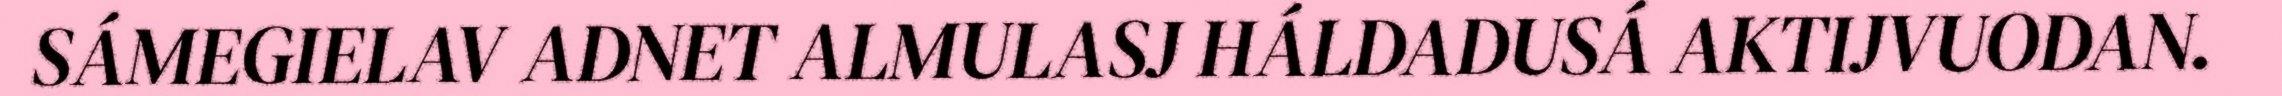
SÁMEGIELAV ADNET ALMULASJ HÁLDADUSÁ AKTIJVUODAN.